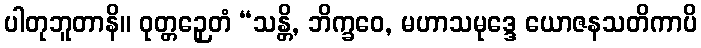
ပါတုဘူတာနိ။ ဝုတ္တဉှေတံ “သန္တိ, ဘိက္ခဝေ, မဟာသမုဒ္ဒေ ယောဇနသတိကာပိ